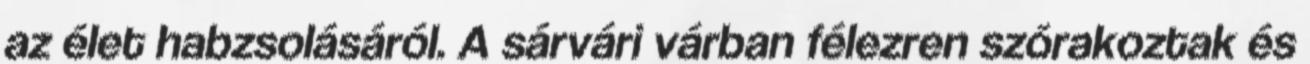
az élet habzsolásáról. A sárvári várban félezren szórakoztak és